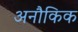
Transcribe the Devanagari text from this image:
अनौकिक